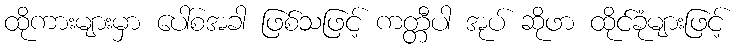
ထိုကားများမှာ ပေါ်စအခါ ဖြစ်သဖြင့် ကတ္တီပါ အုပ် ဆိုဖာ ထိုင်ခုံများဖြင့်